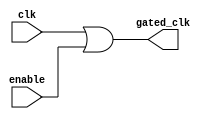
module clock_gating (
    input wire clk,           // Primary clock signal
    input wire enable,        // Enable signal for gating
    output wire gated_clk     // Gated clock signal
);

// OR gate implementation for clock gating
assign gated_clk = clk | enable;

endmodule